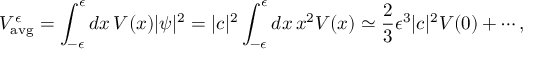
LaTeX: V _ { \mathrm { a v g } } ^ { \epsilon } = \int _ { - \epsilon } ^ { \epsilon } d x \, V ( x ) | \psi | ^ { 2 } = | c | ^ { 2 } \int _ { - \epsilon } ^ { \epsilon } d x \, x ^ { 2 } V ( x ) \simeq { \frac { 2 } { 3 } } \epsilon ^ { 3 } | c | ^ { 2 } V ( 0 ) + \cdots ,